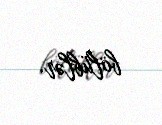
bölüblər.